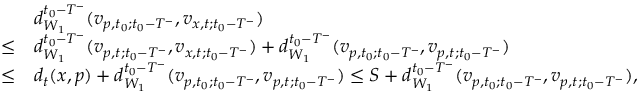
\begin{array} { r l } & { d _ { W _ { 1 } } ^ { t _ { 0 } - T ^ { - } } ( v _ { p , t _ { 0 } ; t _ { 0 } - T ^ { - } } , v _ { x , t ; t _ { 0 } - T ^ { - } } ) } \\ { \le } & { d _ { W _ { 1 } } ^ { t _ { 0 } - T ^ { - } } ( v _ { p , t ; t _ { 0 } - T ^ { - } } , v _ { x , t ; t _ { 0 } - T ^ { - } } ) + d _ { W _ { 1 } } ^ { t _ { 0 } - T ^ { - } } ( v _ { p , t _ { 0 } ; t _ { 0 } - T ^ { - } } , v _ { p , t ; t _ { 0 } - T ^ { - } } ) } \\ { \le } & { d _ { t } ( x , p ) + d _ { W _ { 1 } } ^ { t _ { 0 } - T ^ { - } } ( v _ { p , t _ { 0 } ; t _ { 0 } - T ^ { - } } , v _ { p , t ; t _ { 0 } - T ^ { - } } ) \le S + d _ { W _ { 1 } } ^ { t _ { 0 } - T ^ { - } } ( v _ { p , t _ { 0 } ; t _ { 0 } - T ^ { - } } , v _ { p , t ; t _ { 0 } - T ^ { - } } ) , } \end{array}